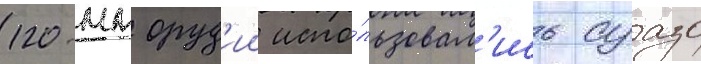
120-мм оруд'ии испо́льзовал'ись суазо